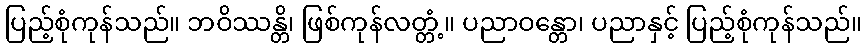
ပြည့်စုံကုန်သည်။ ဘဝိဿန္တိ၊ ဖြစ်ကုန်လတ္တံ့။ ပညာဝန္တော၊ ပညာနှင့် ပြည့်စုံကုန်သည်။